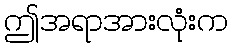
ဤအရာအားလုံးက